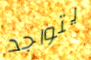
يتواجد